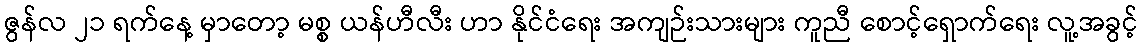
ဇွန်လ ၂၁ ရက်နေ့ မှာတော့ မစ္စ ယန်ဟီလီး ဟာ နိုင်ငံရေး အကျဉ်းသားများ ကူညီ စောင့်ရှောက်ရေး လူ့အခွင့်